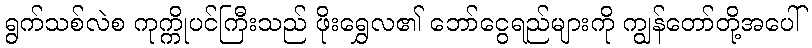
ရွက်သစ်လဲစ ကုက္ကိုပင်ကြီးသည် ဖိုးရွှေလ၏ ဘော်ငွေရည်များကို ကျွန်တော်တို့အပေါ်